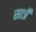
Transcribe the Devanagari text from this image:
सार्त्रे